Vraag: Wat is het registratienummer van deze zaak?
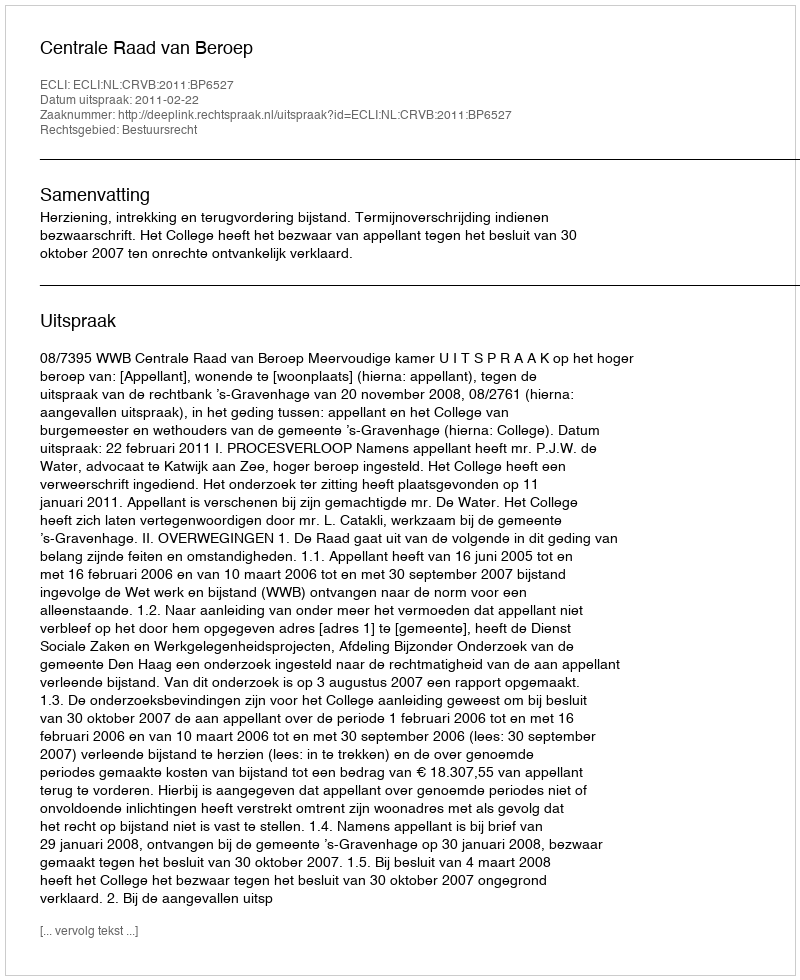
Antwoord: http://deeplink.rechtspraak.nl/uitspraak?id=ECLI:NL:CRVB:2011:BP6527